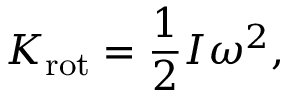
K _ { \mathrm { r o t } } = { \frac { 1 } { 2 } } I \omega ^ { 2 } ,